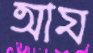
আয